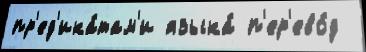
пр'ед'ика́там'и языка́ п'ер'ево́д